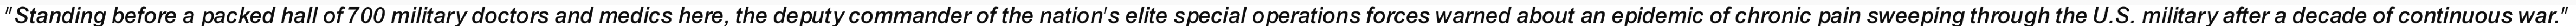
"Standing before a packed hall of 700 military doctors and medics here, the deputy commander of the nation's elite special operations forces warned about an epidemic of chronic pain sweeping through the U.S. military after a decade of continuous war."